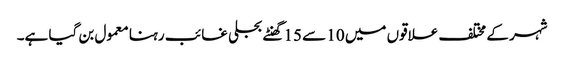
شہر کے مختلف علاقوں میں 10 سے 15 گھنٹے بجلی غائب رہنا معمول بن گیا ہے۔